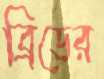
ব্রিডের